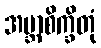
အဗ္ဘာစိက္ခိတုံ